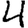
Digit: 4